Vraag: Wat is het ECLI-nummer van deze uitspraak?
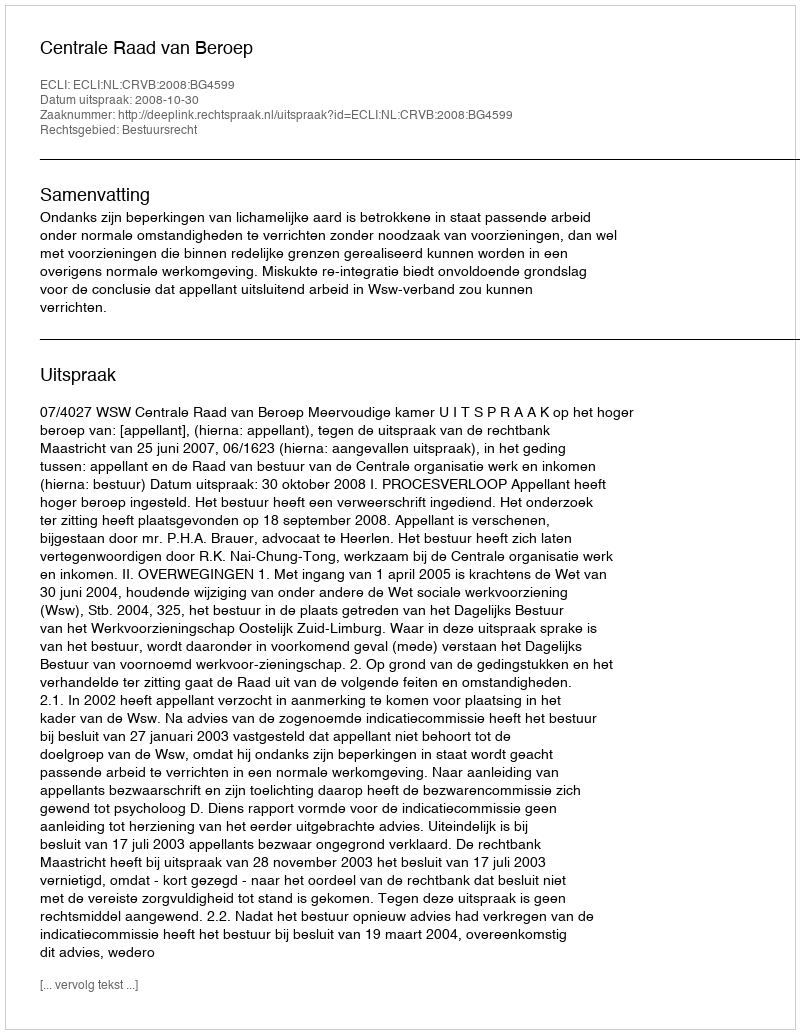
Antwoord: ECLI:NL:CRVB:2008:BG4599